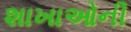
શાખાઓની